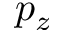
p _ { z }